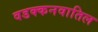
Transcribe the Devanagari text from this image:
वडक्कनवातिल